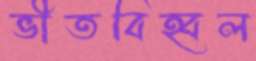
ভীতবিহ্বল